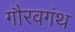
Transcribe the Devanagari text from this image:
गौरवगंथ